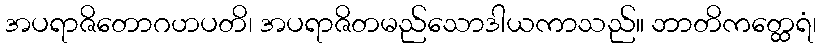
အပရာဇိတောဂဟပတိ၊ အပရာဇိတမည်သောဒါယကာသည်။ ဘာတိကတ္ထေရံ၊